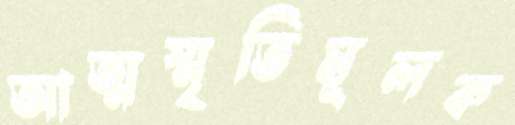
আত্মস্মৃতিমূলক